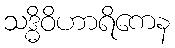
သဒ္ဓိဝိဟာရိကေန